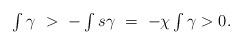
LaTeX: \begin{align*}\textstyle\int\gamma\ >\ -\textstyle\int s\gamma\ =\ -\chi\textstyle\int\gamma >0.\end{align*}